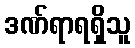
ဒဏ်ရာရရှိသူ